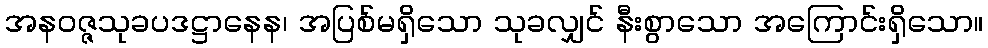
အနဝဇ္ဇသုခပဒဋ္ဌာနေန၊ အပြစ်မရှိသော သုခလျှင် နီးစွာသော အကြောင်းရှိသော။